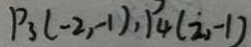
P _ { 3 } ( - 2 , - 1 ) , P _ { 4 } ( i , - 1 )